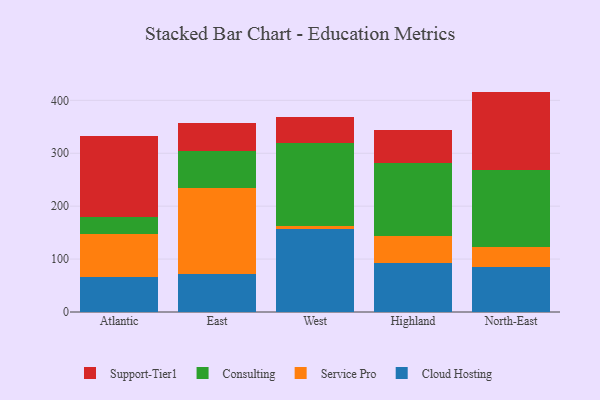
{"axis": {"x": "Region", "y": "Demand Index"}, "legend": ["Cloud Hosting", "Consulting", "Service Pro", "Support-Tier1"], "data": [{"x": "Atlantic", "y": 66.3, "type": "Cloud Hosting"}, {"x": "Atlantic", "y": 81.4, "type": "Service Pro"}, {"x": "Atlantic", "y": 31.4, "type": "Consulting"}, {"x": "Atlantic", "y": 154.2, "type": "Support-Tier1"}, {"x": "East", "y": 71.2, "type": "Cloud Hosting"}, {"x": "East", "y": 162.9, "type": "Service Pro"}, {"x": "East", "y": 71.1, "type": "Consulting"}, {"x": "East", "y": 51.2, "type": "Support-Tier1"}, {"x": "West", "y": 156.5, "type": "Cloud Hosting"}, {"x": "West", "y": 6.5, "type": "Service Pro"}, {"x": "West", "y": 155.8, "type": "Consulting"}, {"x": "West", "y": 50.0, "type": "Support-Tier1"}, {"x": "Highland", "y": 91.7, "type": "Cloud Hosting"}, {"x": "Highland", "y": 51.0, "type": "Service Pro"}, {"x": "Highland", "y": 139.1, "type": "Consulting"}, {"x": "Highland", "y": 62.5, "type": "Support-Tier1"}, {"x": "North-East", "y": 84.8, "type": "Cloud Hosting"}, {"x": "North-East", "y": 38.2, "type": "Service Pro"}, {"x": "North-East", "y": 145.4, "type": "Consulting"}, {"x": "North-East", "y": 148.1, "type": "Support-Tier1"}]}